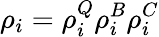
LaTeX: \rho_{i}=\rho_{i}^{Q}\rho_{i}^{B}\rho_{i}^{C}